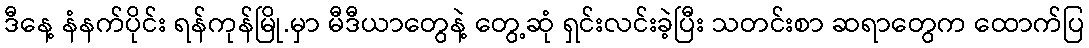
ဒီနေ့ နံနက်ပိုင်း ရန်ကုန်မြို.မှာ မီဒီယာတွေနဲ့ တွေ့ဆုံ ရှင်းလင်းခဲ့ပြီး သတင်းစာ ဆရာတွေက ထောက်ပြ